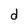
Character: d